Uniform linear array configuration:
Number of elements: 64
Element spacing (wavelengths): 1
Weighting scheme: uniform
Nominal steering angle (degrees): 30
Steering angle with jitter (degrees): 30.718
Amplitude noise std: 0.05
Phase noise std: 0.05

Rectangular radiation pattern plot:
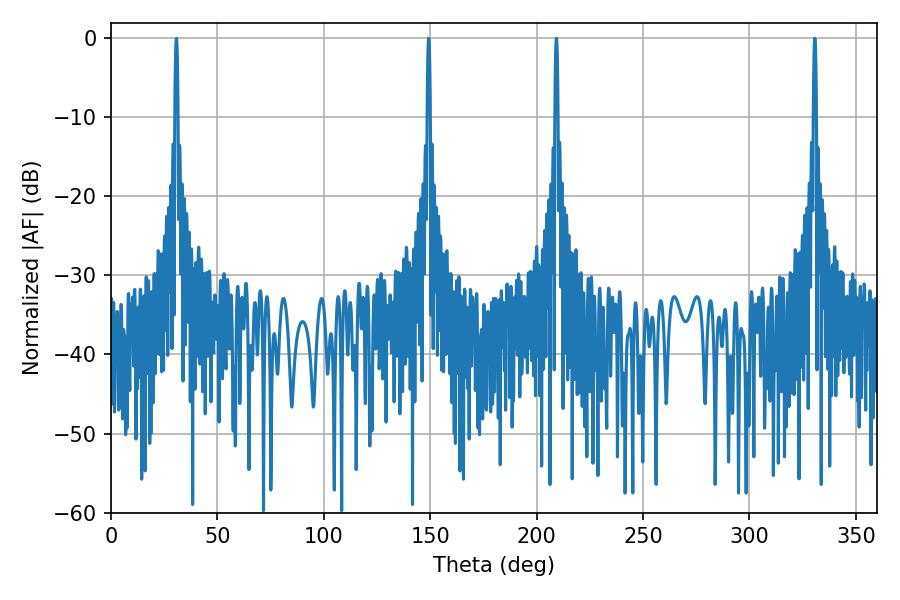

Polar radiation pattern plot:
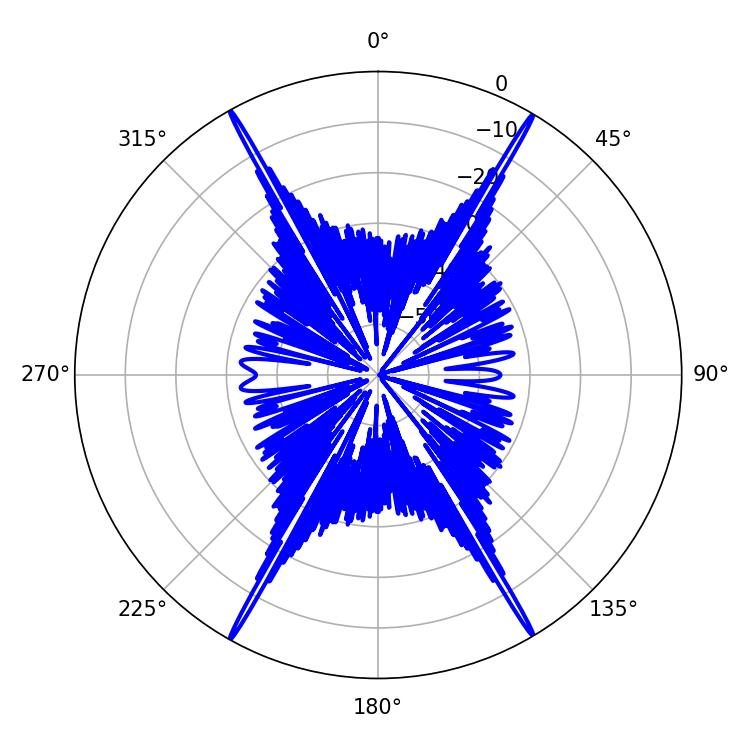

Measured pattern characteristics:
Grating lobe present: TRUE
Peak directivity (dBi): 32.601
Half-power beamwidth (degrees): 0.72
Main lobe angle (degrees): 330.66